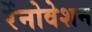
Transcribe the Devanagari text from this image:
रेंनोवेशन